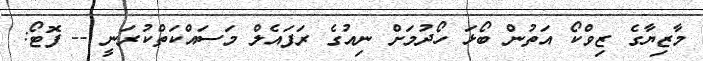
މާޒިޔާގެ ޒިވްކޯ އަތުން ބޯޅަ ހޯދުމަށް ނިއުގެ ރަފައެލް މަސައްކަތްކުރަނީ -- ފޮޓޯ: